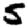
Digit: 5